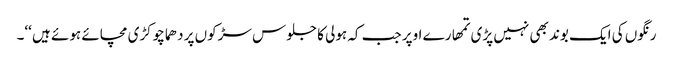
رنگوں کی ایک بوند بھی نہیں پڑی تمھارے اوپر جب کہ ہولی کا جلوس سڑکوں پر دھماچوکڑی مچائے ہوئے ہیں ‘‘۔